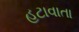
હટાવાતા